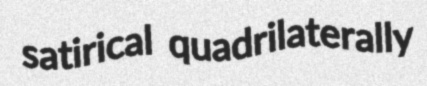
satirical quadrilaterally